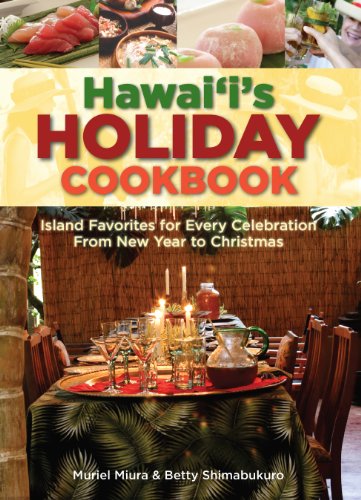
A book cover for Hawaii's Holiday Cookbook: Island Favorites for Every Celebration from New Year to Christmas; Muriel Miura; Cookbooks, Food & Wine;